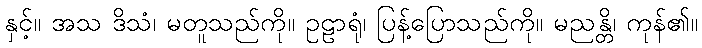
နှင့်။ အသ ဒိသံ၊ မတူသည်ကို။ ဥဠာရုံ၊ ပြန့်ပြောသည်ကို။ မညန္တိ၊ ကုန်၏။